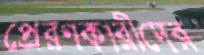
প্রেরণকারীদের